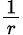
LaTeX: \textstyle{\frac{1}{r}}